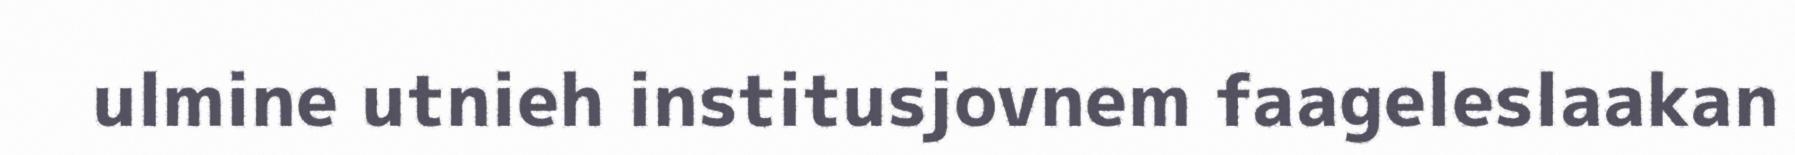
ulmine utnieh institusjovnem faageleslaakan